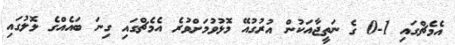
އެމެޗްގައި 1-0 ގެ ނަތީޖާއަކުން އުރުގުއޭ މޮޅުވުމަށްވުރެ އެމެޗްގައި ގިނަ ބައެއްގެ ލޮލުގައި